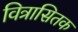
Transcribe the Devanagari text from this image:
वित्रासितक